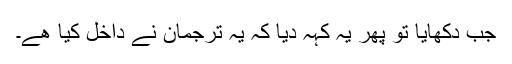
جب دکھایا تو پھر یہ کہہ دیا کہ یہ ترجمان نے داخل کیا ھے۔